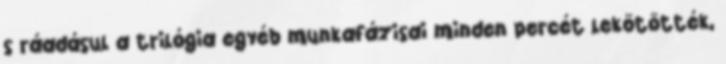
s ráadásul a trilógia egyéb munkafázisai minden percét lekötötték,